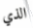
الذي